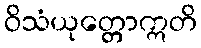
ဝိသံယုတ္တောဣတိ